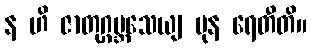
န ဟိ ဇာတုဂ္ဂဗ္ဘသေယျ ပုန ရေတီတိ။